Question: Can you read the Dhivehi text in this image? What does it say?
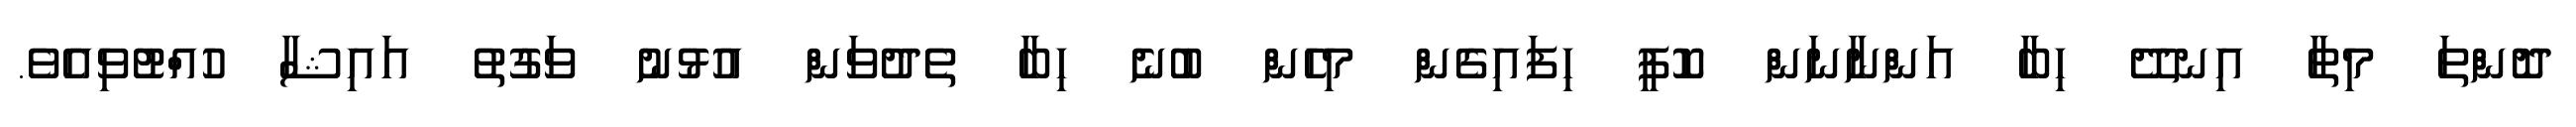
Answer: ދޮންތަ މިތާ އިނދޭ ހިބާ އަންނާނަން ކޮފީ ހިފައިގެން މިހެން ބުނެ ހިބާ ތެދުވަން އުޅުނު ވަގުތު އައިޝާ ހުއްޓުވިއެވެ.